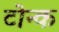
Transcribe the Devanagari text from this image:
टोन्क